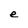
Character: e